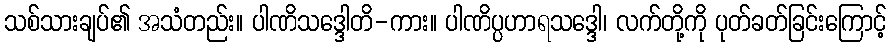
သစ်သားချပ်၏ အသံတည်း။ ပါဏိသဒ္ဒေါတိ-ကား။ ပါဏိပ္ပဟာရသဒ္ဒေါ၊ လက်တို့ကို ပုတ်ခတ်ခြင်းကြောင့်